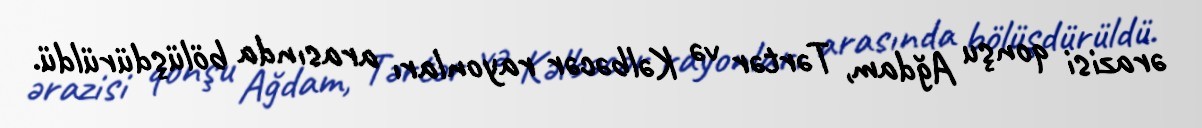
ərazisi qonşu Ağdam, Tərtər və Kəlbəcər rayonları arasında bölüşdürüldü.